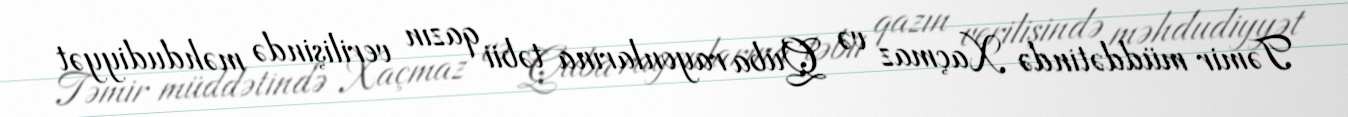
Təmir müddətində Xaçmaz və Quba rayonlarına təbii qazın verilişində məhdudiyyət